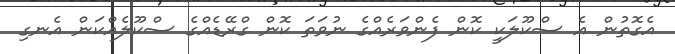
އެގޮތުން އެ ސްކޫލަކީ ކޮން ފެންވަރެއްގެ ނުވަތަ ކޮން ގްރޭޑެއްގެ ސްކޫލެއްކަން އެނގި